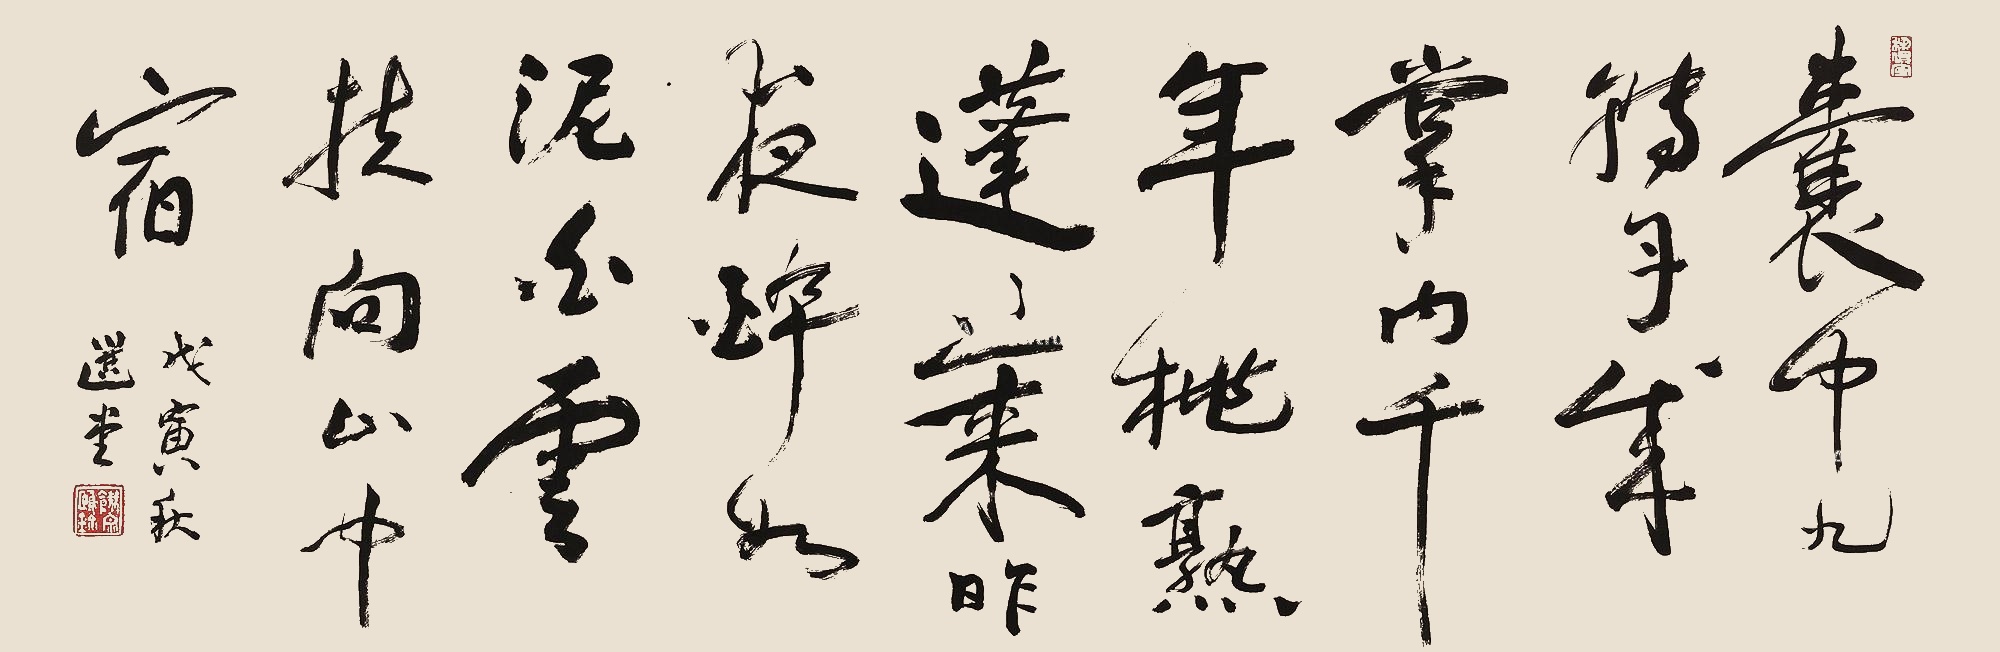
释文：囊中九转丹成，掌内千年桃熟。蓬莱昨夜醉如泥，白云扶向山中宿。戊寅秋，选堂。